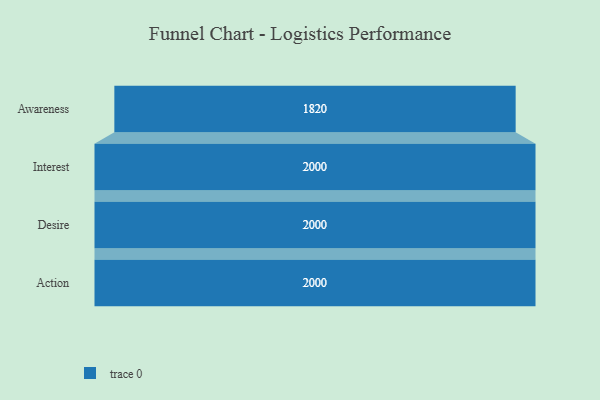
{"axis": {"x": "Stage", "y": "Value"}, "legend": [""], "data": [{"x": "Awareness", "y": 1820.0, "type": ""}, {"x": "Interest", "y": 2000, "type": ""}, {"x": "Desire", "y": 2000, "type": ""}, {"x": "Action", "y": 2000, "type": ""}]}